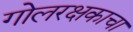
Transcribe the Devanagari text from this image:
गोलरक्षकाचा